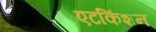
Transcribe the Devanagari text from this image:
एटकिंशन